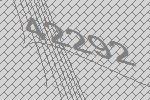
42292